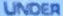
UNDER